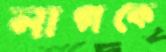
নাগকে